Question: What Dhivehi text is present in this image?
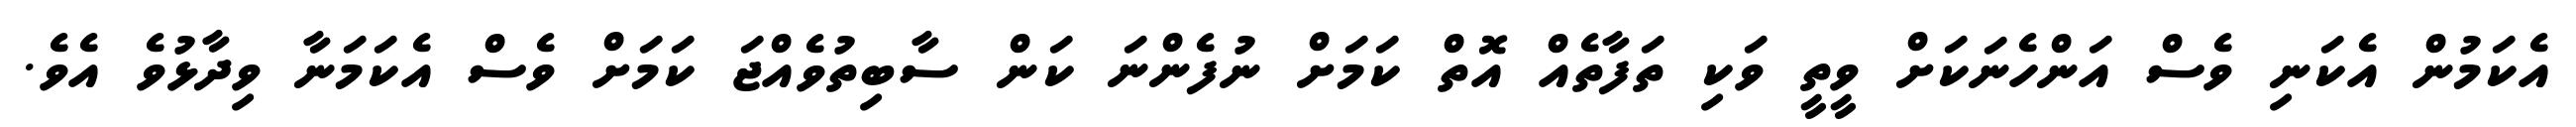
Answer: އެކަމުން އެކަނި ވެސް އަންހެނަކަށް ވީތީ ވަކި ތަފާތެއް އޮތް ކަމަށް ނުފެންނަ ކަން ސާބިތުވެއްޖަ ކަމަށް ވެސް އެކަމަނާ ވިދާޅުވެ އެވެ.